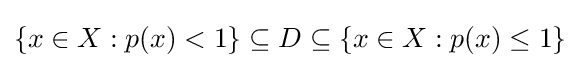
\{x\in X:p(x)<1\}\subseteq D\subseteq \{x\in X:p(x)\leq 1\}